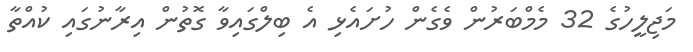
މަޖިލީހުގެ 32 މެމްބަރުން ވެގެން ހުށައެޅި އެ ބިލްގައިވާ ގޮތުން އިރާނުގައި ކުއްތާ